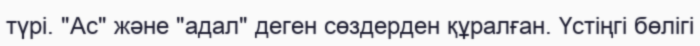
түрі. "Ас" және "адал" деген сөздерден құралған. Үстіңгі бөлігі